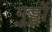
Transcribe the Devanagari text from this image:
गुड्डों